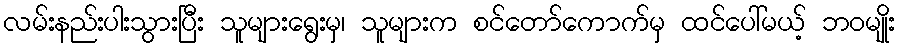
လမ်းနည်းပါးသွားပြီး သူများရွေးမှ၊ သူများက စင်တော်ကောက်မှ ထင်ပေါ်မယ့် ဘဝမျိုး